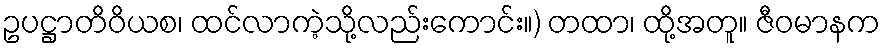
ဥပဋ္ဌာတိဝိယစ၊ ထင်လာကဲ့သို့လည်းကောင်း။) တထာ၊ ထို့အတူ။ ဇီဝမာနက